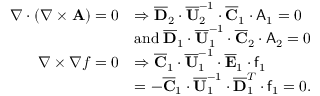
\begin{array} { r l } { \nabla \cdot ( \nabla \times \mathbf { A } ) = 0 } & { \Rightarrow \overline { { \mathbf { D } } } _ { 2 } \cdot \overline { { \mathbf { U } } } _ { 2 } ^ { - 1 } \cdot \overline { { \mathbf { C } } } _ { 1 } \cdot \mathsf { A } _ { 1 } = 0 } \\ & { \mathrm { a n d } \; \overline { { \mathbf { D } } } _ { 1 } \cdot \overline { { \mathbf { U } } } _ { 1 } ^ { - 1 } \cdot \overline { { \mathbf { C } } } _ { 2 } \cdot \mathsf { A } _ { 2 } = 0 } \\ { \nabla \times \nabla f = 0 } & { \Rightarrow \overline { { \mathbf { C } } } _ { 1 } \cdot \overline { { \mathbf { U } } } _ { 1 } ^ { - 1 } \cdot \overline { { \mathbf { E } } } _ { 1 } \cdot \mathsf { f } _ { 1 } } \\ & { = - \overline { { \mathbf { C } } } _ { 1 } \cdot \overline { { \mathbf { U } } } _ { 1 } ^ { - 1 } \cdot \overline { { \mathbf { D } } } _ { 1 } ^ { T } \cdot \mathsf { f } _ { 1 } = 0 . } \end{array}